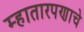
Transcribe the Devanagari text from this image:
म्हातारपणाचे